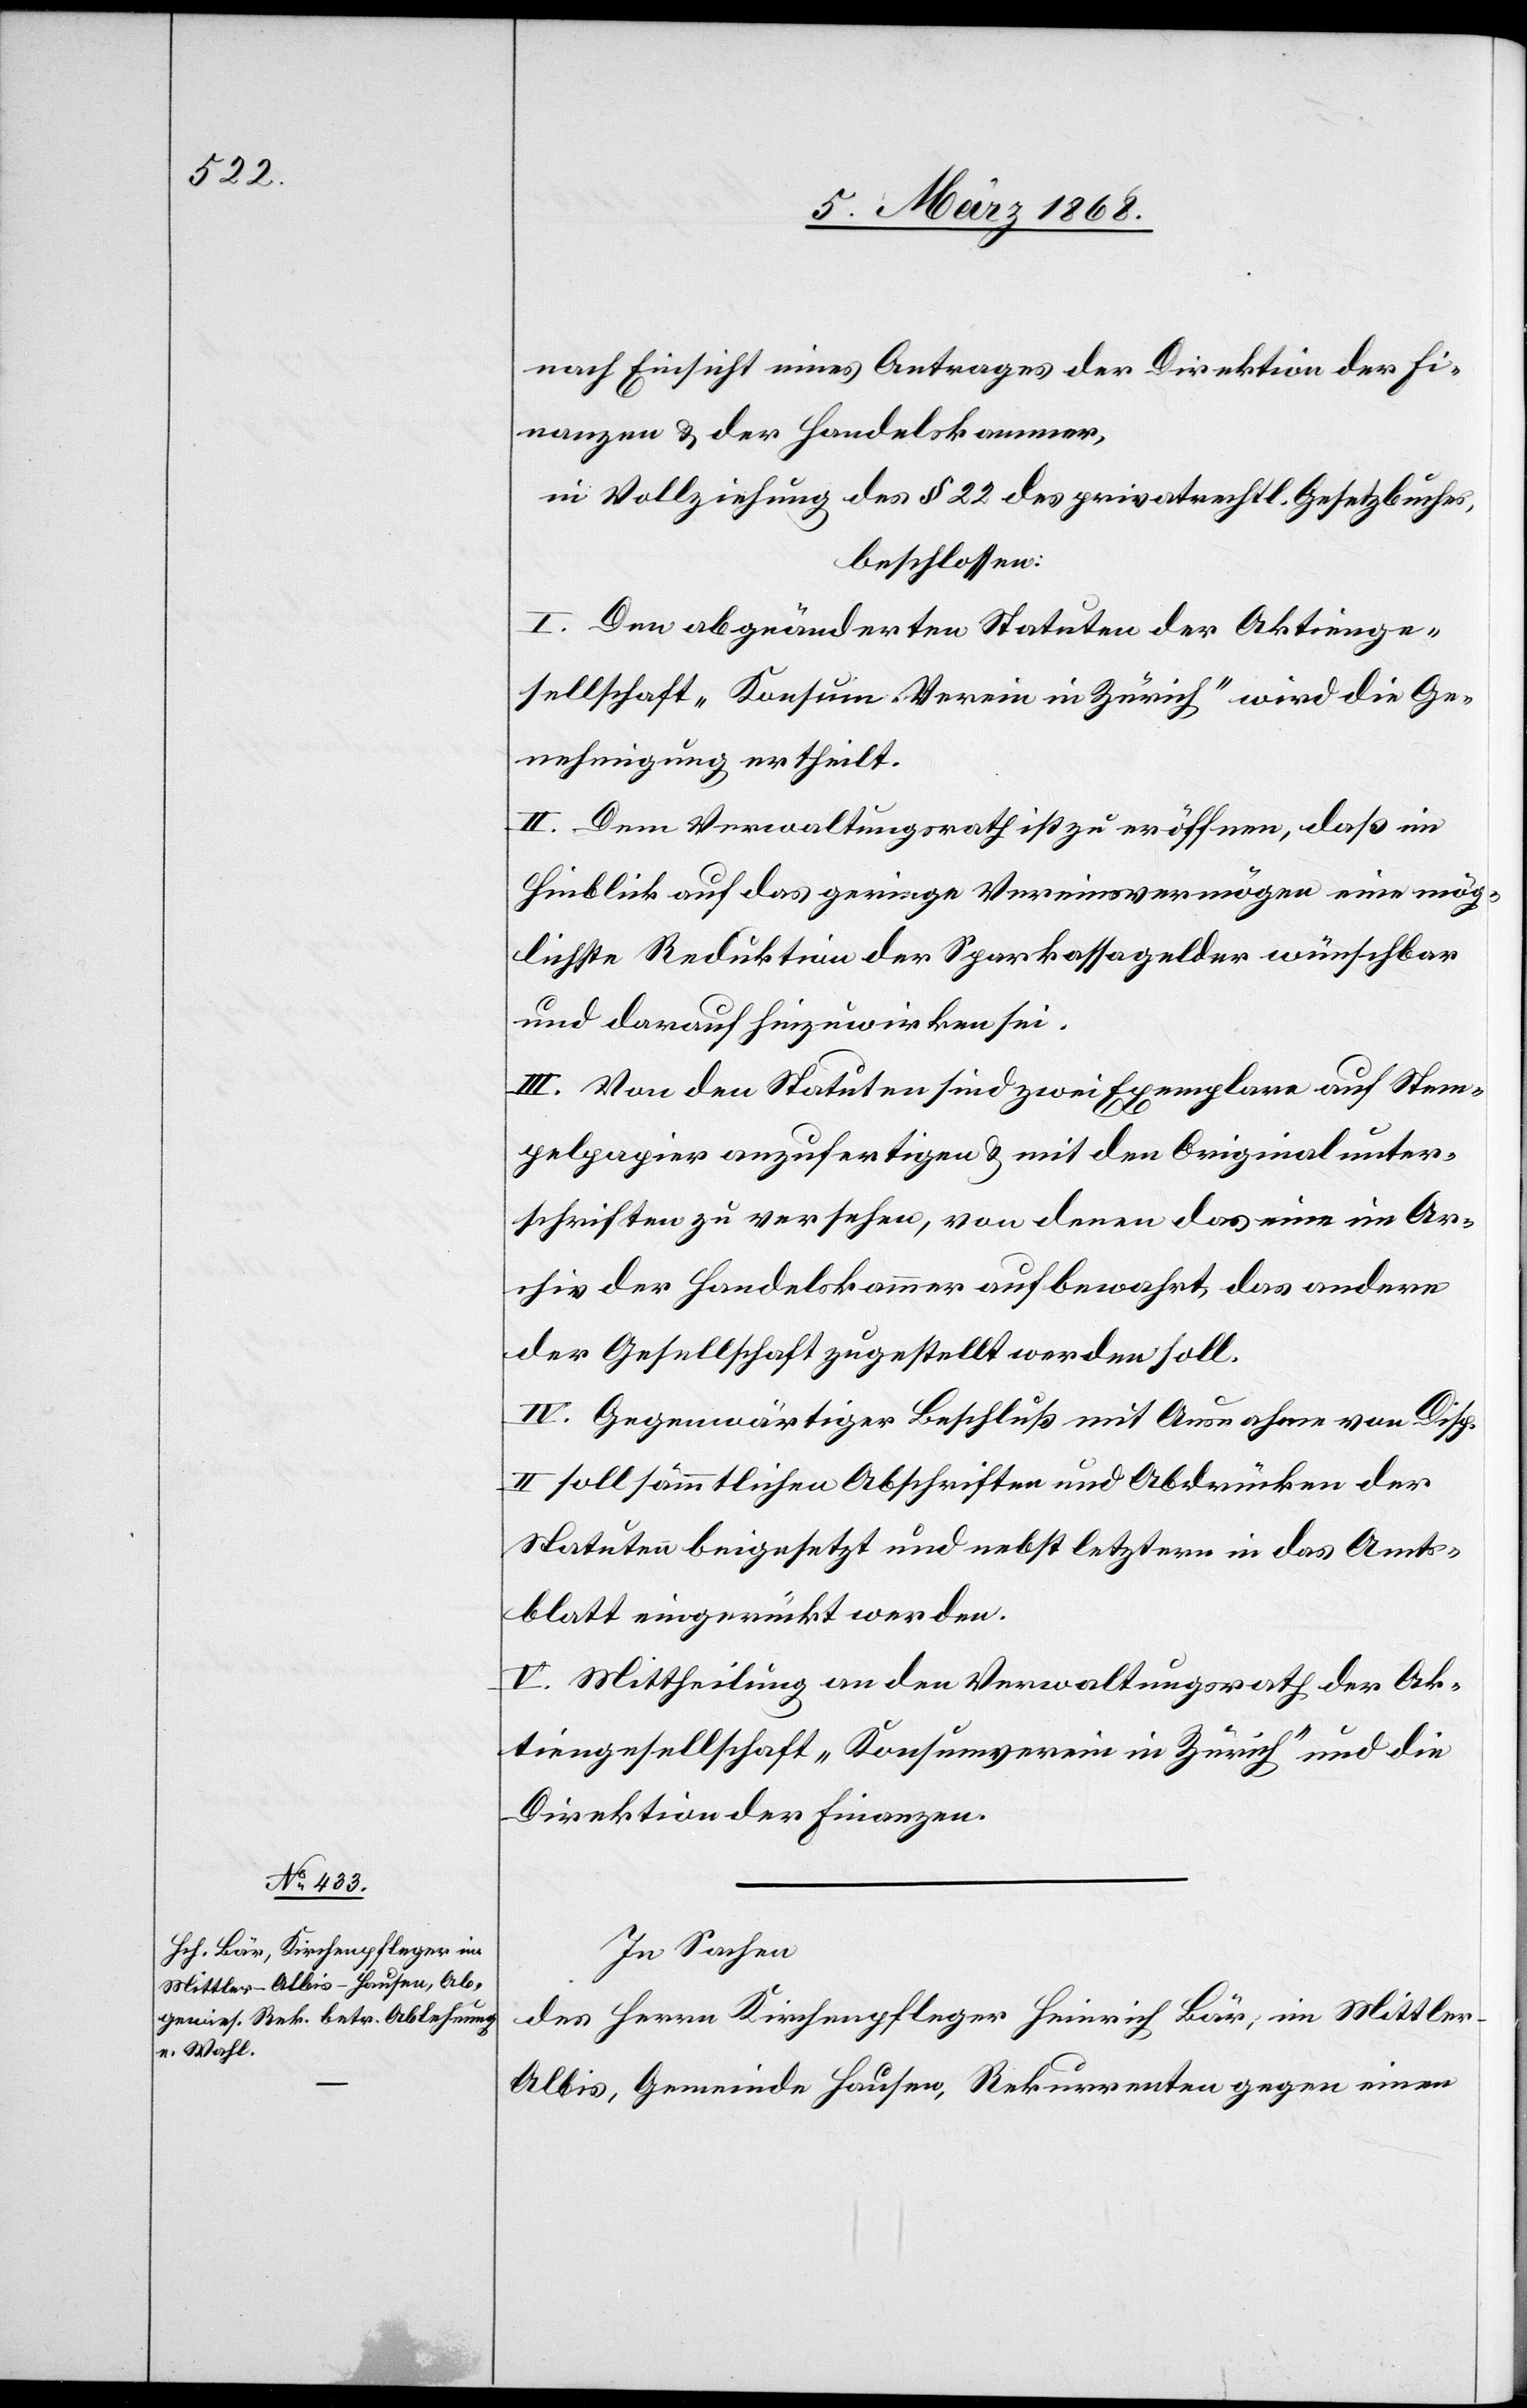
nach Einsicht eines Antrages der Direktion der Fi¬
nanzen & der Handelskammer,
in Vollziehung des § 22 des privatrechtl. Gesetzbuches,
beschlossen:
I. Den abgeänderten Statuten der Aktienge¬
sellschaft „Konsum-Verein in Zürich“ wird die Ge¬
nehmigung ertheilt.
II. Dem Verwaltungsrath ist zu eröffnen, daß im
Hinblick auf das geringe Vereinsvermögen eine mög¬
lichste Reduktion der Sparkassagelder wünschbar
und darauf hinzuwirken sei.
III. Von den Statuten sind zwei Exemplare auf Stem¬
pelpapier anzufertigen & mit den Originalunter¬
schriften zu versehen, von denen das eine im Ar¬
chiv der Handelskammer aufbewahrt, das andere
der Gesellschaft zugestellt werden soll.
IV. Gegenwärtiger Beschluß mit Ausnahme von Disp.
II soll sämmtlichen Abschriften und Abdrücken der
Statuten beigesetzt und nebst letztern in das Amts¬
blatt eingerückt werden.
V. Mittheilung an den Verwaltungsrath der Ak¬
tiengesellschaft „Konsumverein in Zürich“ und die
Direktion der Finanzen.
In Sachen
des Herrn Kirchenpfleger Heinrich Bär, im Mittler-A¬
lbis, Gemeinde Hausen, Rekurrenten gegen einen